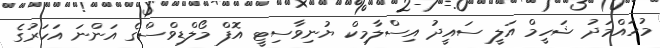
މުހައްމަދު ޝަހީމް އަލީ ސައީދު އިސްލާމިކް ޔުނިވާސިޓީ އޮފް މޯލްޑިވްސްގެ އަންނަ އަހަރުގެ